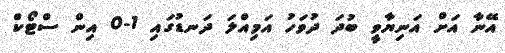
އޭނާ އަށް އަނިޔާވީ ބުދަ ދުވަހު އަމިއްލަ ދަނޑުގައި 1-0 އިން ސްޓޯކް